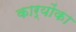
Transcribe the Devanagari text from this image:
कार्योंका